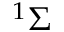
^ 1 \Sigma